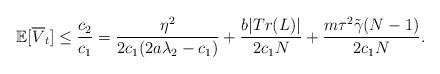
LaTeX: \begin{align*} \mathbb{E}[\overline{V}_t ] \le \frac{c_2}{c_1}=\frac{\eta^2}{2c_1(2a\lambda_2-c_1)}+\frac{b | Tr(L) |}{2c_1 N}+\frac{m\tau^2\tilde{\gamma}(N-1)}{2c_1 N}.\end{align*}